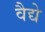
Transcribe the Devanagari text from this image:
वैद्ये